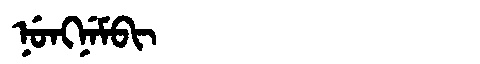
Manchu: ᠨᡠᠩᠨᡝᠮᠪᡳ
Romanization: NUNGNEMBI